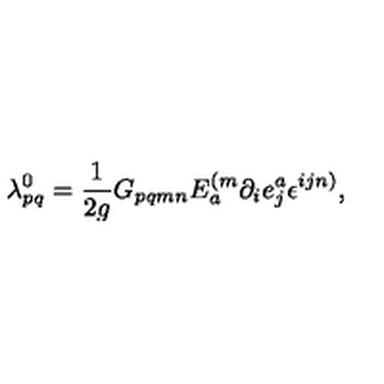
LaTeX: \lambda _ { p q } ^ { 0 } = \frac { 1 } { 2 g } G _ { p q m n } E _ { a } ^ { ( m } \partial _ { i } e _ { j } ^ { a } \epsilon ^ { i j n ) } ,